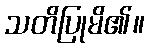
သတိပြုမိ၏။